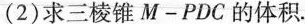
(2)求三棱锥$$M - P D C$$的体积。